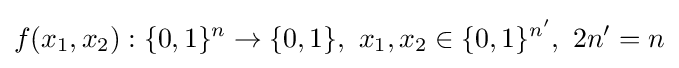
f(x_{1},x_{2}):\{0,1\}^{n}\to \{0,1\},\ x_{1},x_{2}\in \{0,1\}^{n'},\ 2n'=n